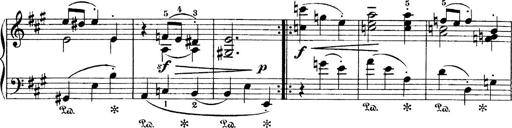
Title: 4 Sonatines
Composer: Max Reger